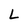
Character: L